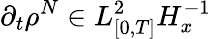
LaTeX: \partial_{t}\rho^{N}\in L_{[0,T]}^{2}H_{x}^{-1}